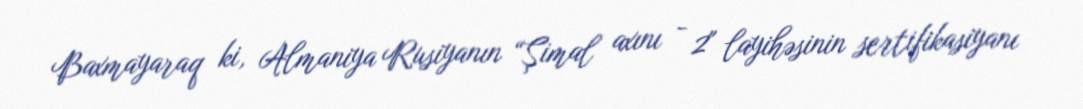
Baxmayaraq ki, Almaniya Rusiyanın “Şimal axını - 2" layihəsinin sertifikasiyanı